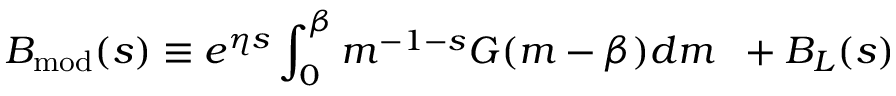
B _ { \mathrm { m o d } } ( s ) \equiv e ^ { \eta s } \int _ { 0 } ^ { \beta } m ^ { - 1 - s } G ( m - \beta ) d m \; \; + B _ { L } ( s )